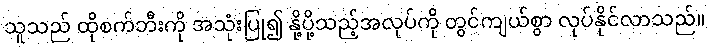
သူသည် ထိုစက်ဘီးကို အသုံးပြု၍ နို့ပို့သည့်အလုပ်ကို တွင်ကျယ်စွာ လုပ်နိုင်လာသည်။